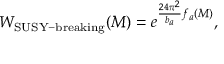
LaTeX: W _ { \mathrm { S U S Y - b r e a k i n g } } ( M ) = e ^ { { \frac { 2 4 \pi ^ { 2 } } { b _ { a } } } f _ { a } ( M ) } ,